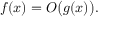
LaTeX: f ( x ) = O { \bigl ( } g ( x ) { \bigr ) } .